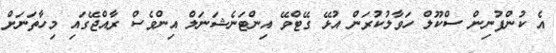
އެ ކުންފުނިން ސްކޫލް ހަވާލުކުރަން އުޅޭ ގޭޓްވޭ އިންޓަނެޝަނަލް އިންވެސް ރާއްޖޭގައި މިހާތަނަށް